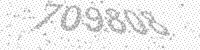
Solution: 709808